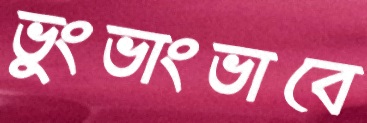
ভুংভাংভাবে